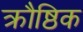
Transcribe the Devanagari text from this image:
क्रौष्ठिक